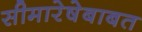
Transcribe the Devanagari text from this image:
सीमारेषेबाबत